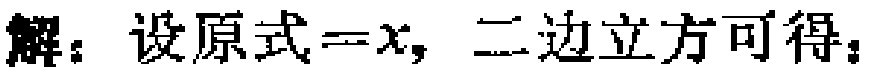
解：设原式\(=x\)，二边立方可得：